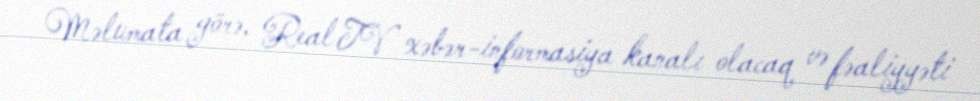
Məlumata görə, Real TV xəbər-informasiya kanalı olacaq və fəaliyyəti